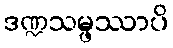
ဒဏ္ဍသမ္ဖဿာပိ